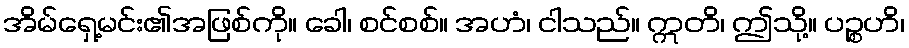
အိမ်ရှေ့မင်း၏အဖြစ်ကို။ ခေါ၊ စင်စစ်။ အဟံ၊ ငါသည်။ ဣတိ၊ ဤသို့။ ပဉ္စဟိ၊